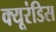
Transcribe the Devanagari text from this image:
क्यूरंडिस